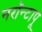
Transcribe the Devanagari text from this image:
नरॉन्टापू